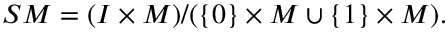
{ \cal S } M = ( I \times M ) / ( \{ 0 \} \times M \cup \{ 1 \} \times M ) .